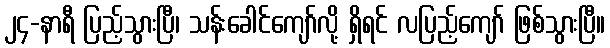
၂၄-နာရီ ပြည့်သွားပြီ၊ သန်းခေါင်ကျော်လို့ ရှိရင် လပြည့်ကျော် ဖြစ်သွားပြီ။